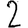
Digit: 2